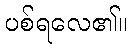
ပစ်ရလေ၏။